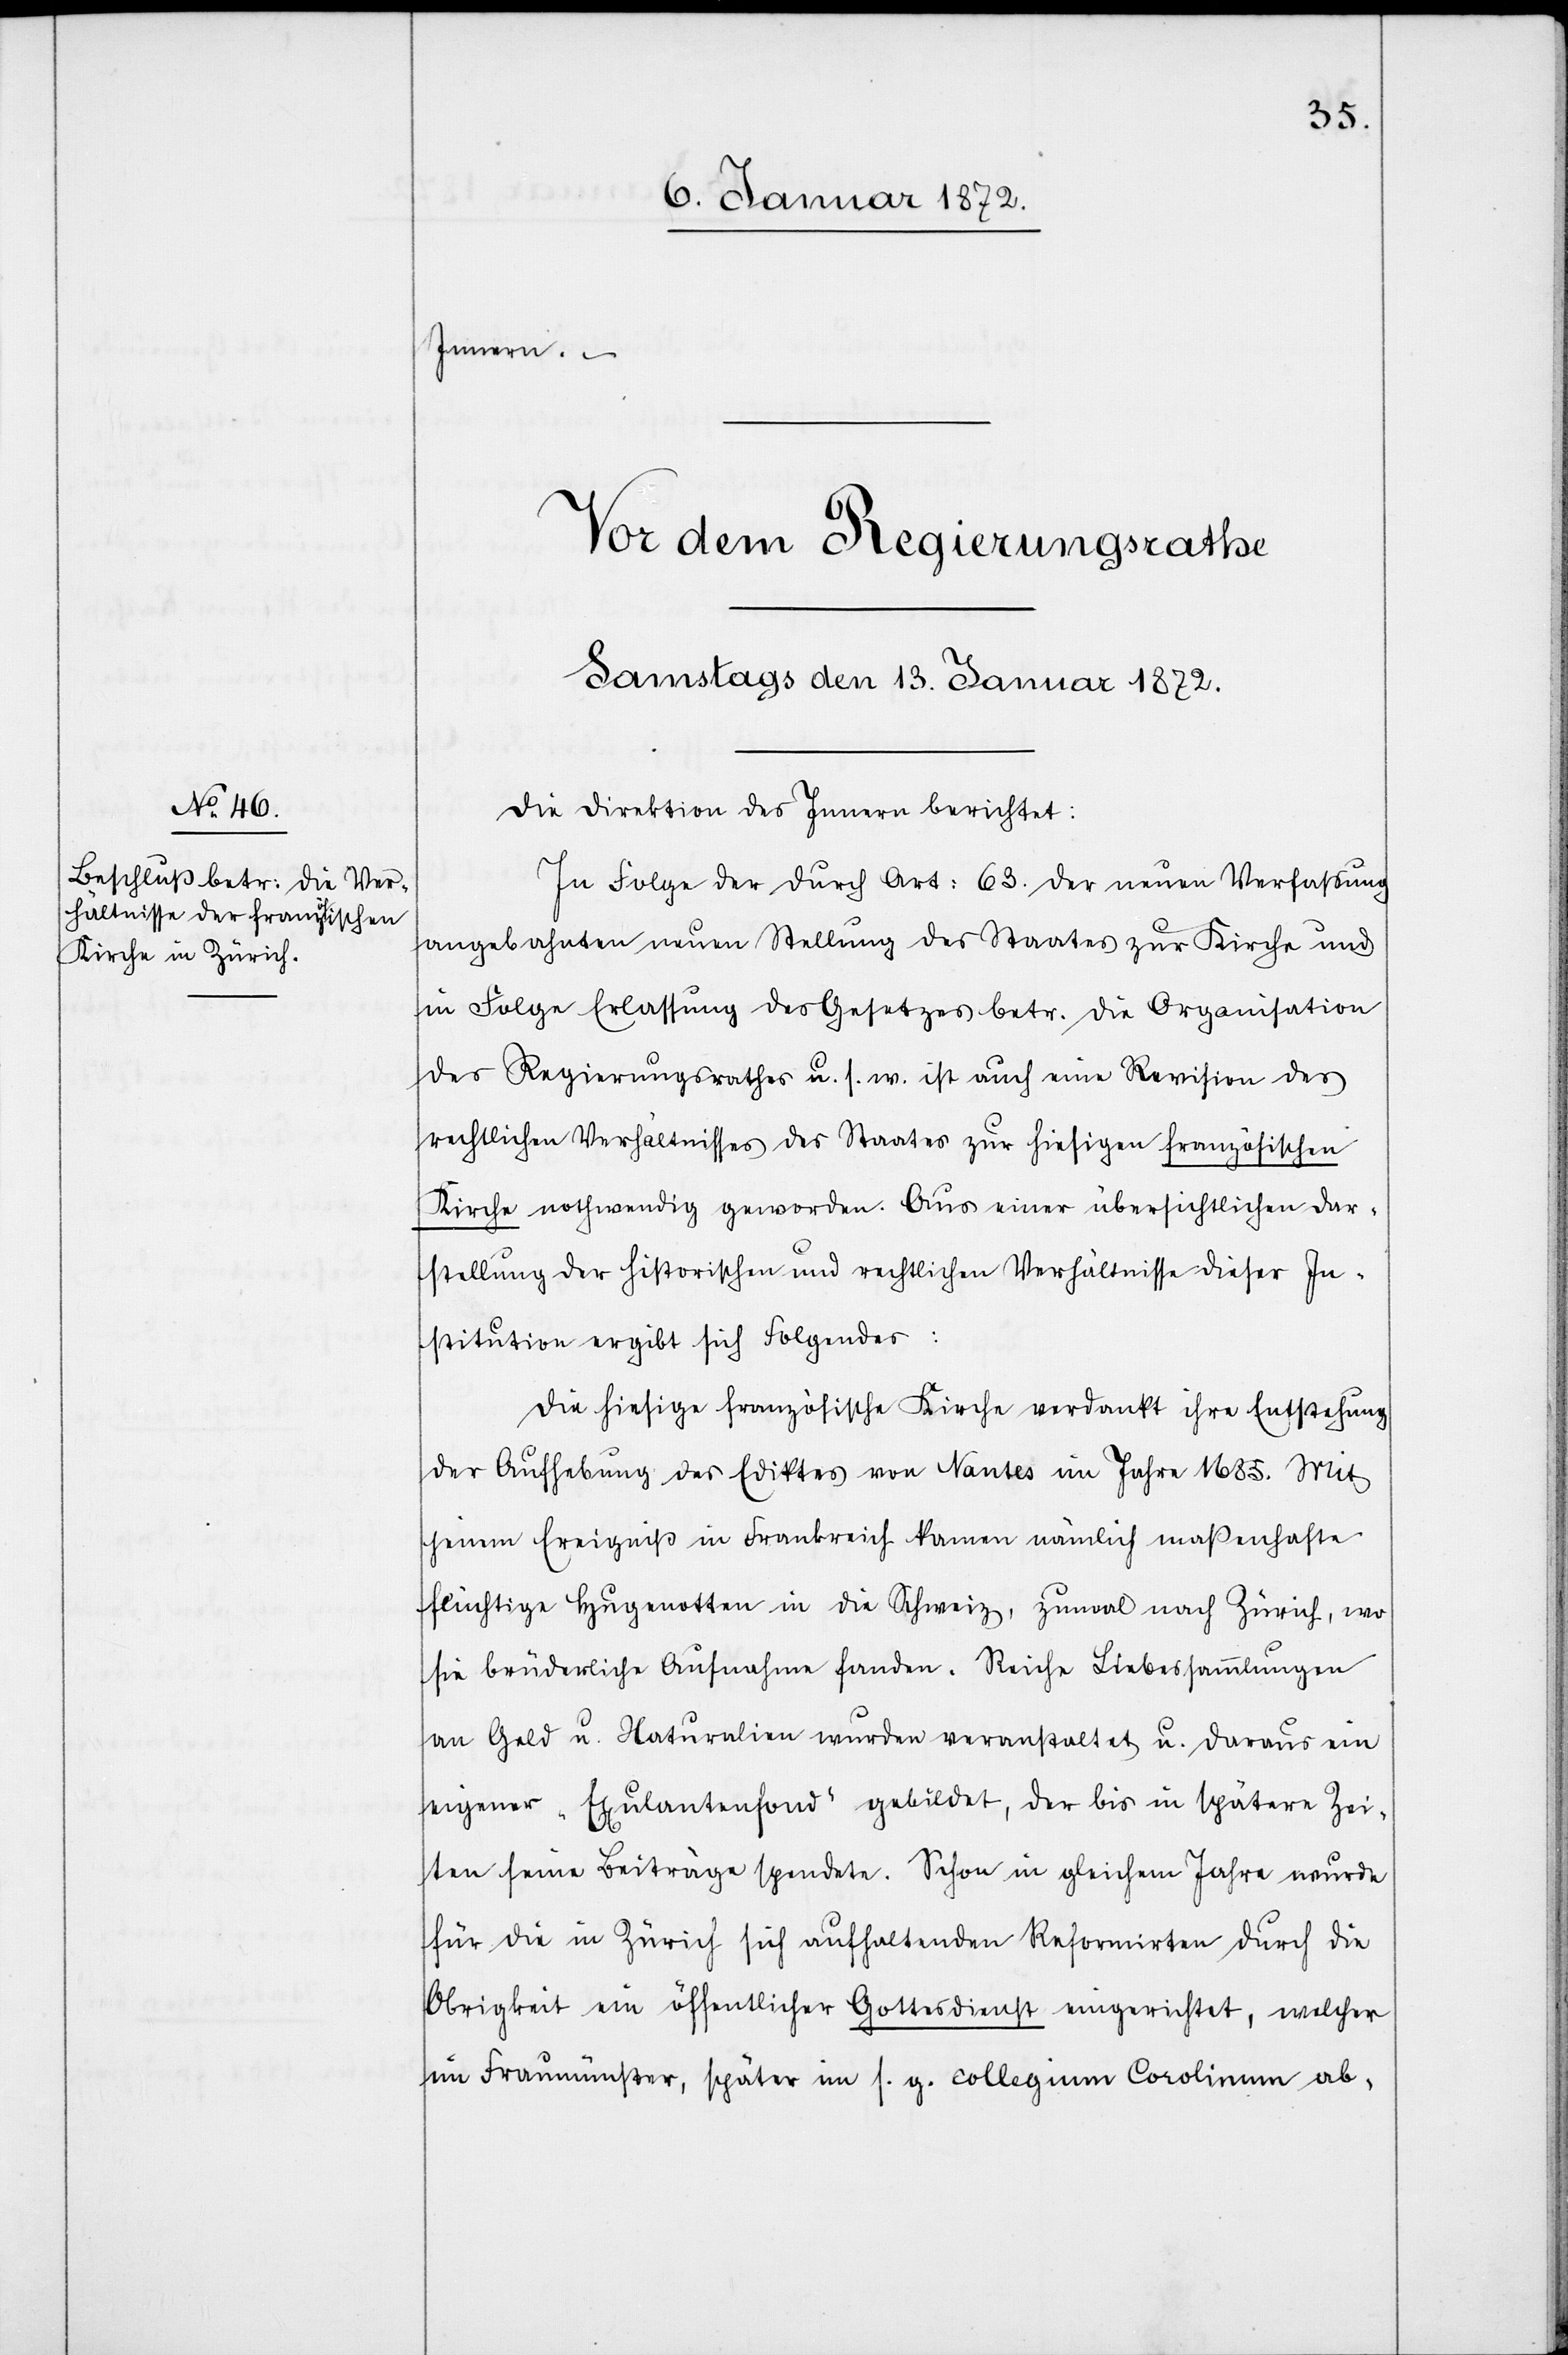
Innern.
Die Direktion des Innern berichtet:
In Folge der durch Art: 63. der neuen Verfassung
angebahnten neuen Stellung des Staates zur Kirche und
in Folge Erlassung des Gesetzes betr. die Organisation
des Regierungsrathes u. s. w. ist auch eine Revision des
rechtlichen Verhältnisses des Staates zur hiesigen französischen
Kirche nothwendig geworden. Aus einer übersichtlichen Dar¬
stellung der historischen und rechtlichen Verhältnisse dieser In¬
stitution ergibt sich Folgendes:
Die hiesige französische Kirche verdankt ihre Entstehung
der Aufhebung des Ediktes von Nantes im Jahre 1685. Mit
jenem Ereigniß in Frankreich kamen nämlich maßenhafte
flüchtige Hugenotten in die Schweiz, zumal nach Zürich, wo
sie brüderliche Aufnahme fanden. Reiche Liebessammlungen
an Geld u. Naturalien wurden veranstaltet u. daraus ein
eigener „Exulantenfond“ gebildet, der bis in spätere Zei¬
ten seine Beiträge spendete. Schon in gleichem Jahre wurde
für die in Zürich sich aufhaltenden Reformirten durch die
Obrigkeit ein öffentlicher Gottesdienst eingerichtet, welcher
im Fraumünster, später im s. g. collegium Carolinum ab-